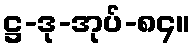
ဋ္ဌ-ဒု-အုပ်-၈၄။